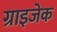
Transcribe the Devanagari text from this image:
ग्राइजेक